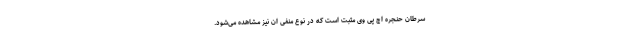
سرطان حنجره­ اچ پی وی مثبت است که در نوع منفی ان نیز مشاهده می‌شود.